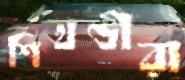
শিখণ্ডীরা